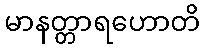
မာနတ္တာရဟောတိ